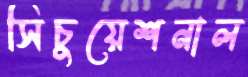
সিচুয়েশনাল